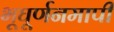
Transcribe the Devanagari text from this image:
भूघूर्णनमापी